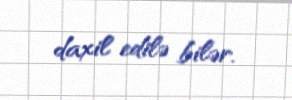
daxil edilə bilər.